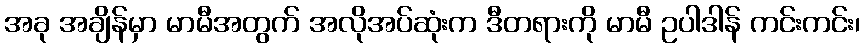
အခု အချိန်မှာ မာမီအတွက် အလိုအပ်ဆုံးက ဒီတရားကို မာမီ ဥပါဒါန် ကင်းကင်း၊